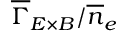
\overline { { \Gamma } } _ { E \times B } / \overline { { n } } _ { e }